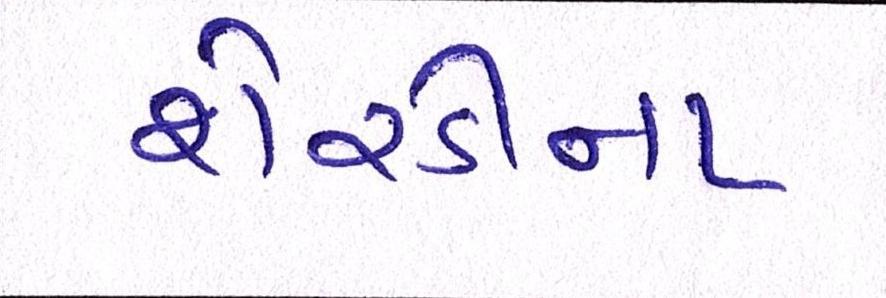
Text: શેરડીના